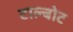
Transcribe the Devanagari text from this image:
टाल्बोट